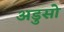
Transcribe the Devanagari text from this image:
अडुसो